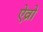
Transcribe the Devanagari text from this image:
ऐव्रो